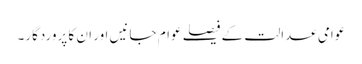
عوامی عدالت کے فیصلے عوام جانیں اور ان کا پروردگار۔